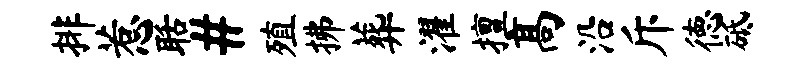
排惹聒#殖拂葬濯擅高沿斥德砥